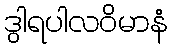
ဒွါရပါလဝိမာနံ